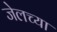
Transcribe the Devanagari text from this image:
जेलच्या